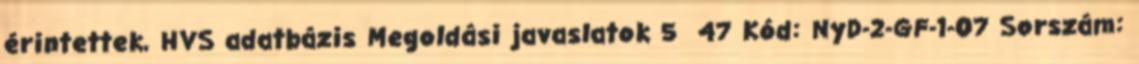
érintettek, HVS adatbázis Megoldási javaslatok 5 47 Kód: NyD-2-GF-1-07 Sorszám: